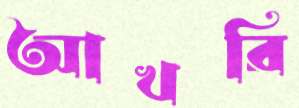
আখরি